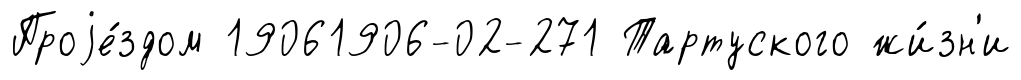
Проjе́здом 19061906-02-271 Тартуского жи́зн'и